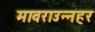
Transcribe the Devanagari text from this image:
मावराउन्नहर